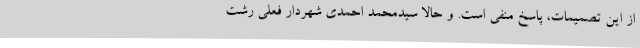
از این تصمیمات، پاسخ منفی است. و حالا سیدمحمد احمدی شهردار فعلی رشت